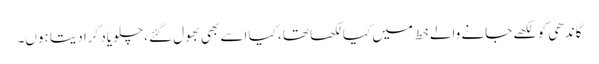
گاندھی کو لکھے جانے والے خط میں کیا لکھا تھا، کیا اسے بھی بھول گئے، چلو یاد کرادیتا ہوں۔